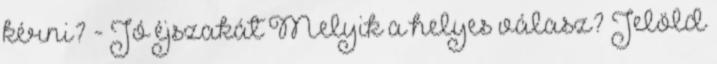
kérni? - Jó éjszakát Melyik a helyes válasz? Jelöld